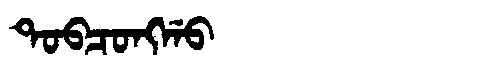
Manchu: ᡨᠣᠪᠴᠣᠩᡤᠣ
Romanization: TOBCONGGO